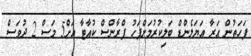
ފަހަތުން އަރާ އަޔަލެންޑް ބަލިކުރުމަށްފަހު ފްރާންސް ކުއާޓާ އަށް5 މަސް 2 ދުވަސް